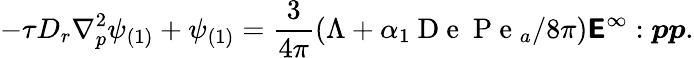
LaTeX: -\tau D_{r}\nabla_{p}^{2}\psi_{(1)}+\psi_{(1)}=\frac{3}{4\pi}(\Lambda+\alpha_{1}\mathrm{~D~e~}\mathrm{~P~e~}_{a}/8\pi)\boldsymbol{\mathsf{E}}^{\infty}:\boldsymbol{pp}.